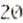
20